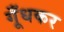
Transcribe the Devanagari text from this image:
गूँधकर